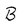
Character: B